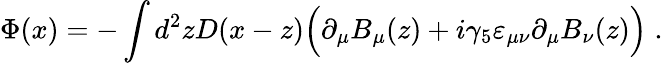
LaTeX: \Phi(x)=-\int d^{2}zD(x-z)\Big(\partial_{\mu}B_{\mu}(z)+i\gamma_{5}\varepsilon_{\mu\nu}\partial_{\mu}B_{\nu}(z)\Big)\; .